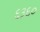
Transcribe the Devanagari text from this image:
६३६०